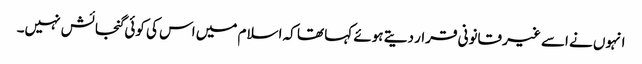
انہوں نے اسے غیر قانونی قرار دیتے ہوئے کہا تھا کہ اسلام میں اس کی کوئی گنجائش نہیں۔